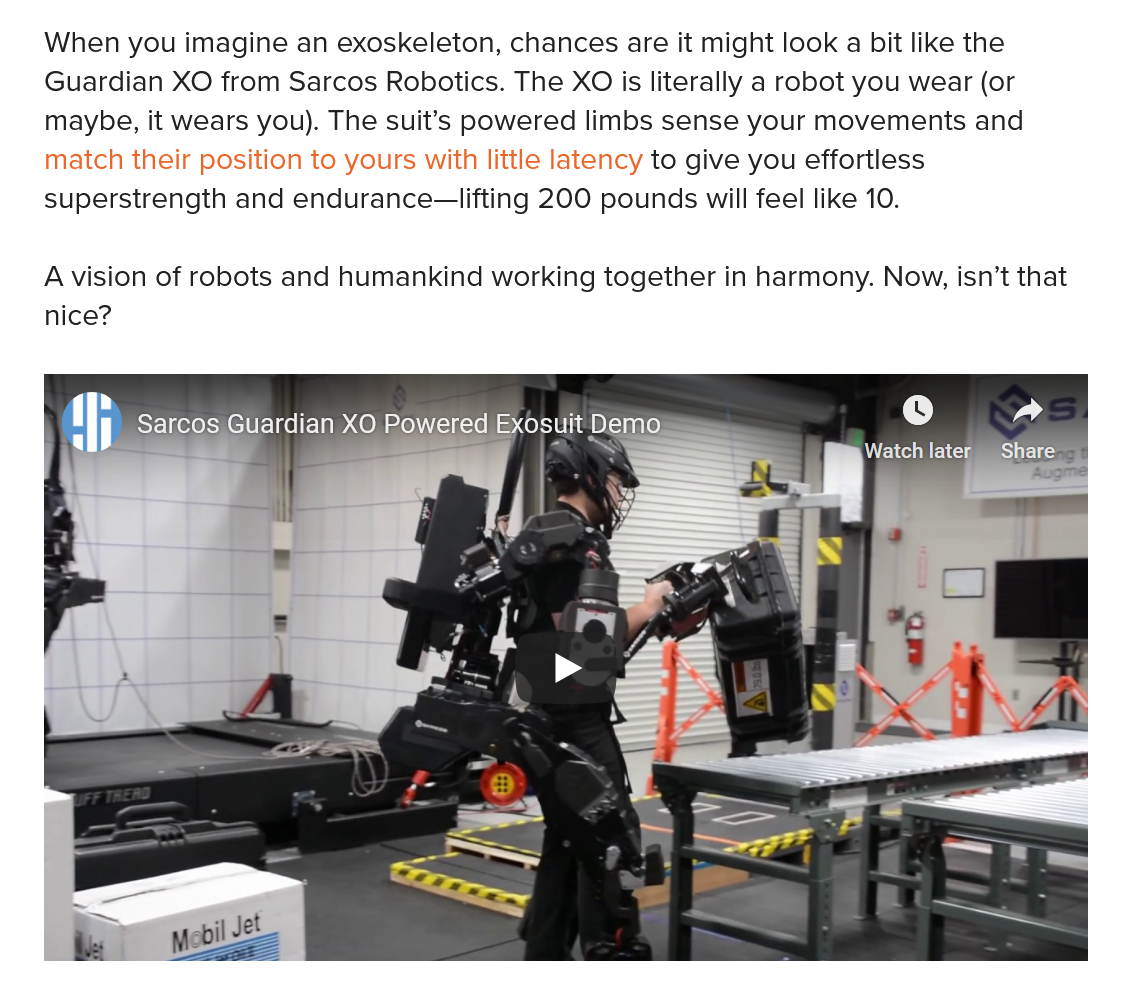
When  you imagine an exoskeleton, chances are it might look a bit like the
   Guardian XO from Sarcos Robotics. The XO is literally a robot you wear (or
   maybe, it wears you). The suit’s powered limbs sense your movements and
   match their position to yours with little latency to give you effortless
   superstrength and endurance—lifting 200 pounds will feel like 10.
   A vision of robots and humankind working together in harmony. Now, isn’t that
   nice?
     Sarcos Guardian XO Powered Exosuit Demo.
     Watch later Share